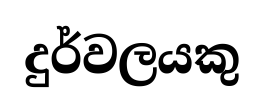
දුර්වලයකු